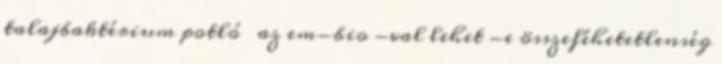
talajbaktérium potló az em-bio -val lehet -e összeféhetetlenség